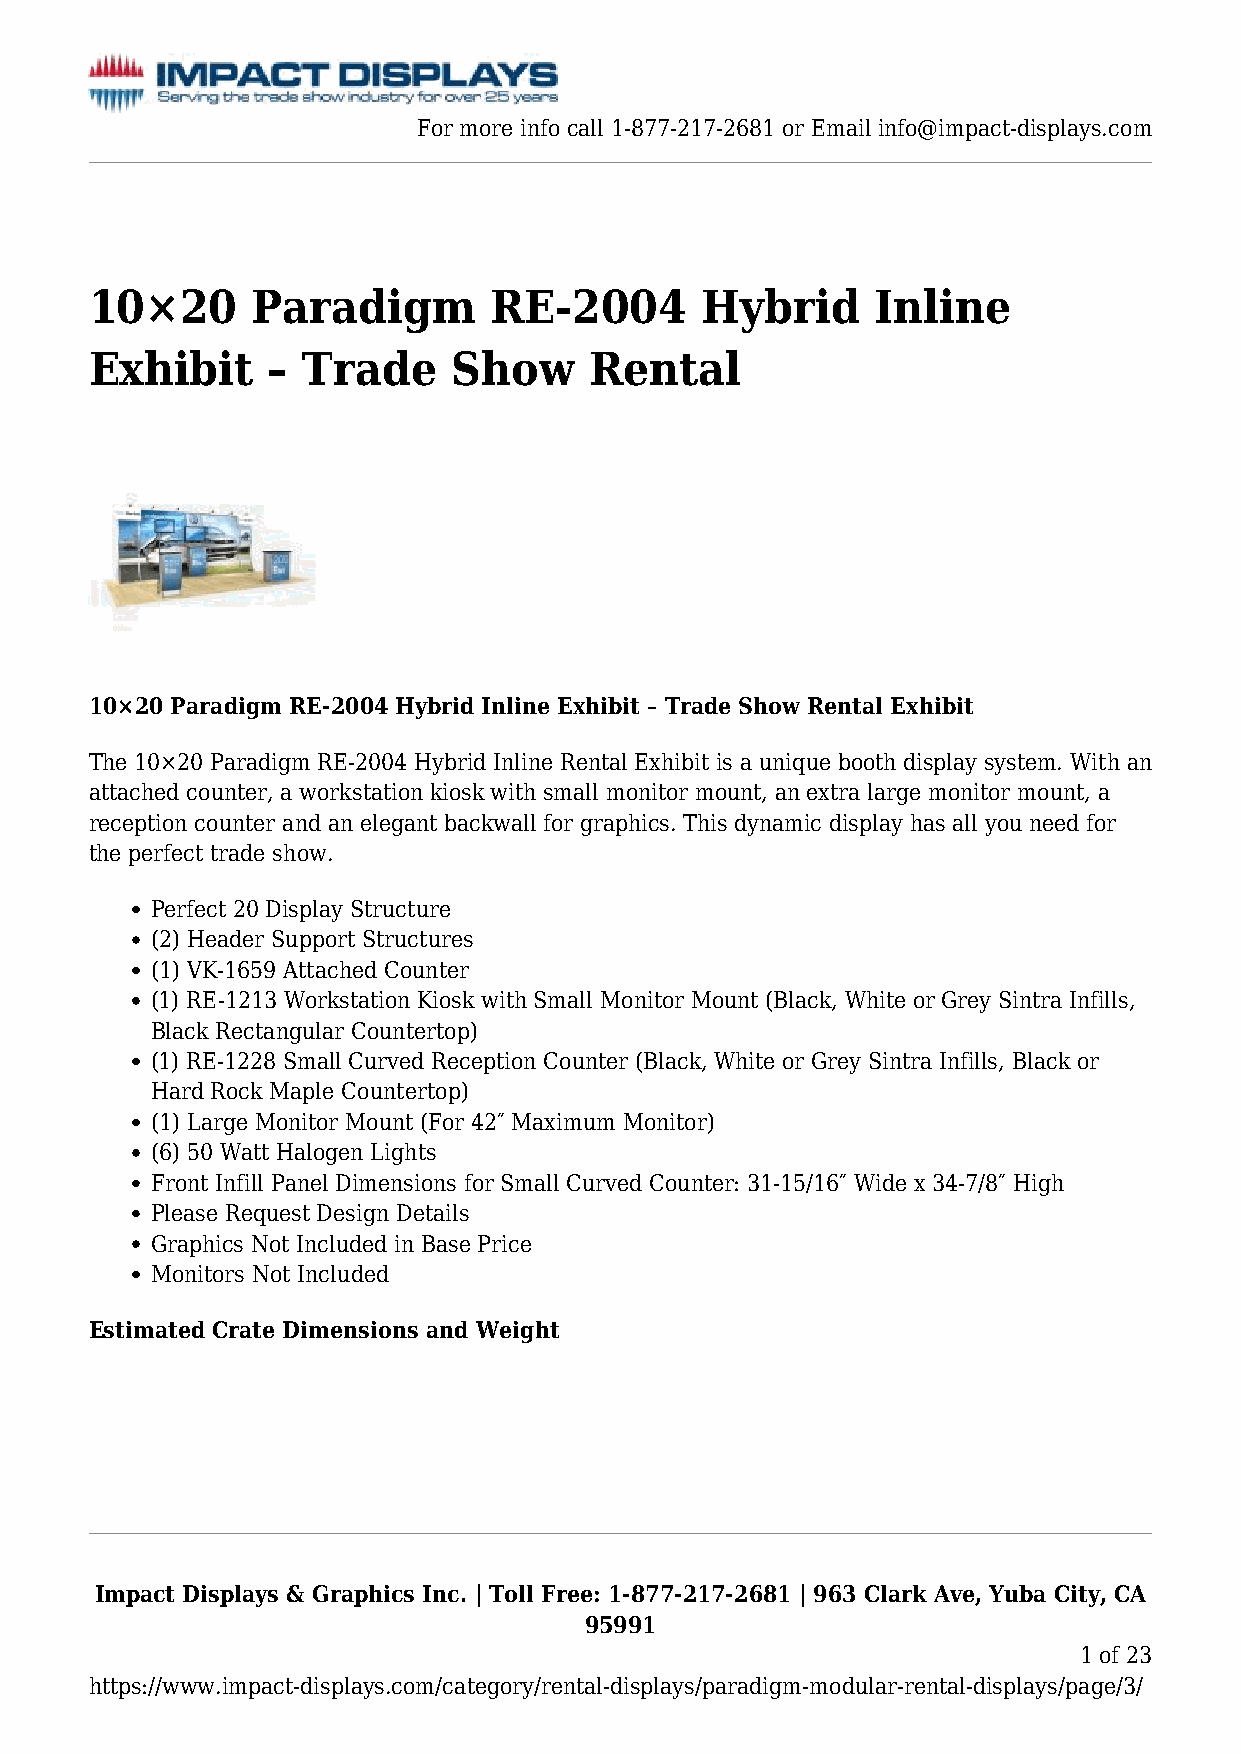
For more info call 1-877-217-2681 or Email info@impact-displays.com
 10×20      Paradigm       RE-2004       Hybrid      Inline
 Exhibit     – Trade     Show     Rental
 10×20 Paradigm RE-2004 Hybrid Inline Exhibit – Trade Show Rental Exhibit
 The 10×20 Paradigm RE-2004 Hybrid Inline Rental Exhibit is a unique booth display system. With an
 attached counter, a workstation kiosk with small monitor mount, an extra large monitor mount, a
 reception counter and an elegant backwall for graphics. This dynamic display has all you need for
 the perfect trade show.
 Perfect 20 Display Structure
 (2) Header Support Structures
 (1) VK-1659 Attached Counter
 (1) RE-1213 Workstation Kiosk with Small Monitor Mount (Black, White or Grey Sintra Infills,
 Black Rectangular Countertop)
 (1) RE-1228 Small Curved Reception Counter (Black, White or Grey Sintra Infills, Black or
 Hard Rock Maple Countertop)
 (1) Large Monitor Mount (For 42″ Maximum Monitor)
 (6) 50 Watt Halogen Lights
 Front Infill Panel Dimensions for Small Curved Counter: 31-15/16″ Wide x 34-7/8″ High
 Please Request Design Details
 Graphics Not Included in Base Price
 Monitors Not Included
 Estimated Crate Dimensions and Weight
 Impact Displays & Graphics Inc. | Toll Free: 1-877-217-2681 | 963 Clark Ave, Yuba City, CA
 95991
 1 of 23
 https://www.impact-displays.com/category/rental-displays/paradigm-modular-rental-displays/page/3/